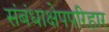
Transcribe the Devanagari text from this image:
संबंधाक्षेपपरिहार